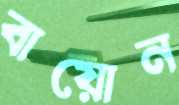
বায়োন